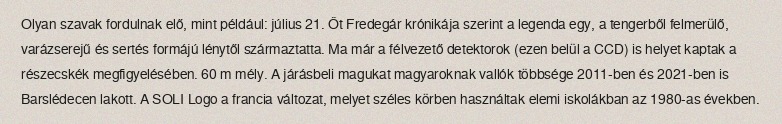
Olyan szavak fordulnak elő, mint például: július 21. Őt Fredegár krónikája szerint a legenda egy, a tengerből felmerülő, varázserejű és sertés formájú lénytől származtatta. Ma már a félvezető detektorok (ezen belül a CCD) is helyet kaptak a részecskék megfigyelésében. 60 m mély. A járásbeli magukat magyaroknak vallók többsége 2011-ben és 2021-ben is Barslédecen lakott. A SOLI Logo a francia változat, melyet széles körben használtak elemi iskolákban az 1980-as években.